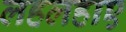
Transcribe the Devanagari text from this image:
लहलहाए